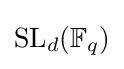
\mathrm {SL} _{d}(\mathbb {F} _{q})